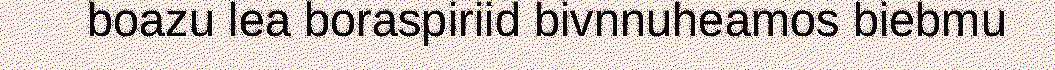
boazu lea boraspiriid bivnnuheamos biebmu